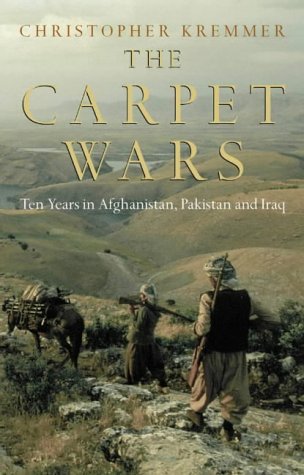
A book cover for The Carpet Wars - A Journey Across the Islamic Heartlands; Christopher Kremmer; Travel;